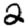
Digit: 2